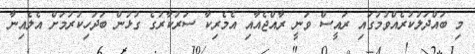
މި ބައްދަލުކުރެއްވުމުގައި ރައީސް ވަނީ ރާއްޖެއާއި އެމެރިކާ ސަރުކާރުގެ ގުޅުން ބަދަހިކުރުމަށް އެލެއިނާ